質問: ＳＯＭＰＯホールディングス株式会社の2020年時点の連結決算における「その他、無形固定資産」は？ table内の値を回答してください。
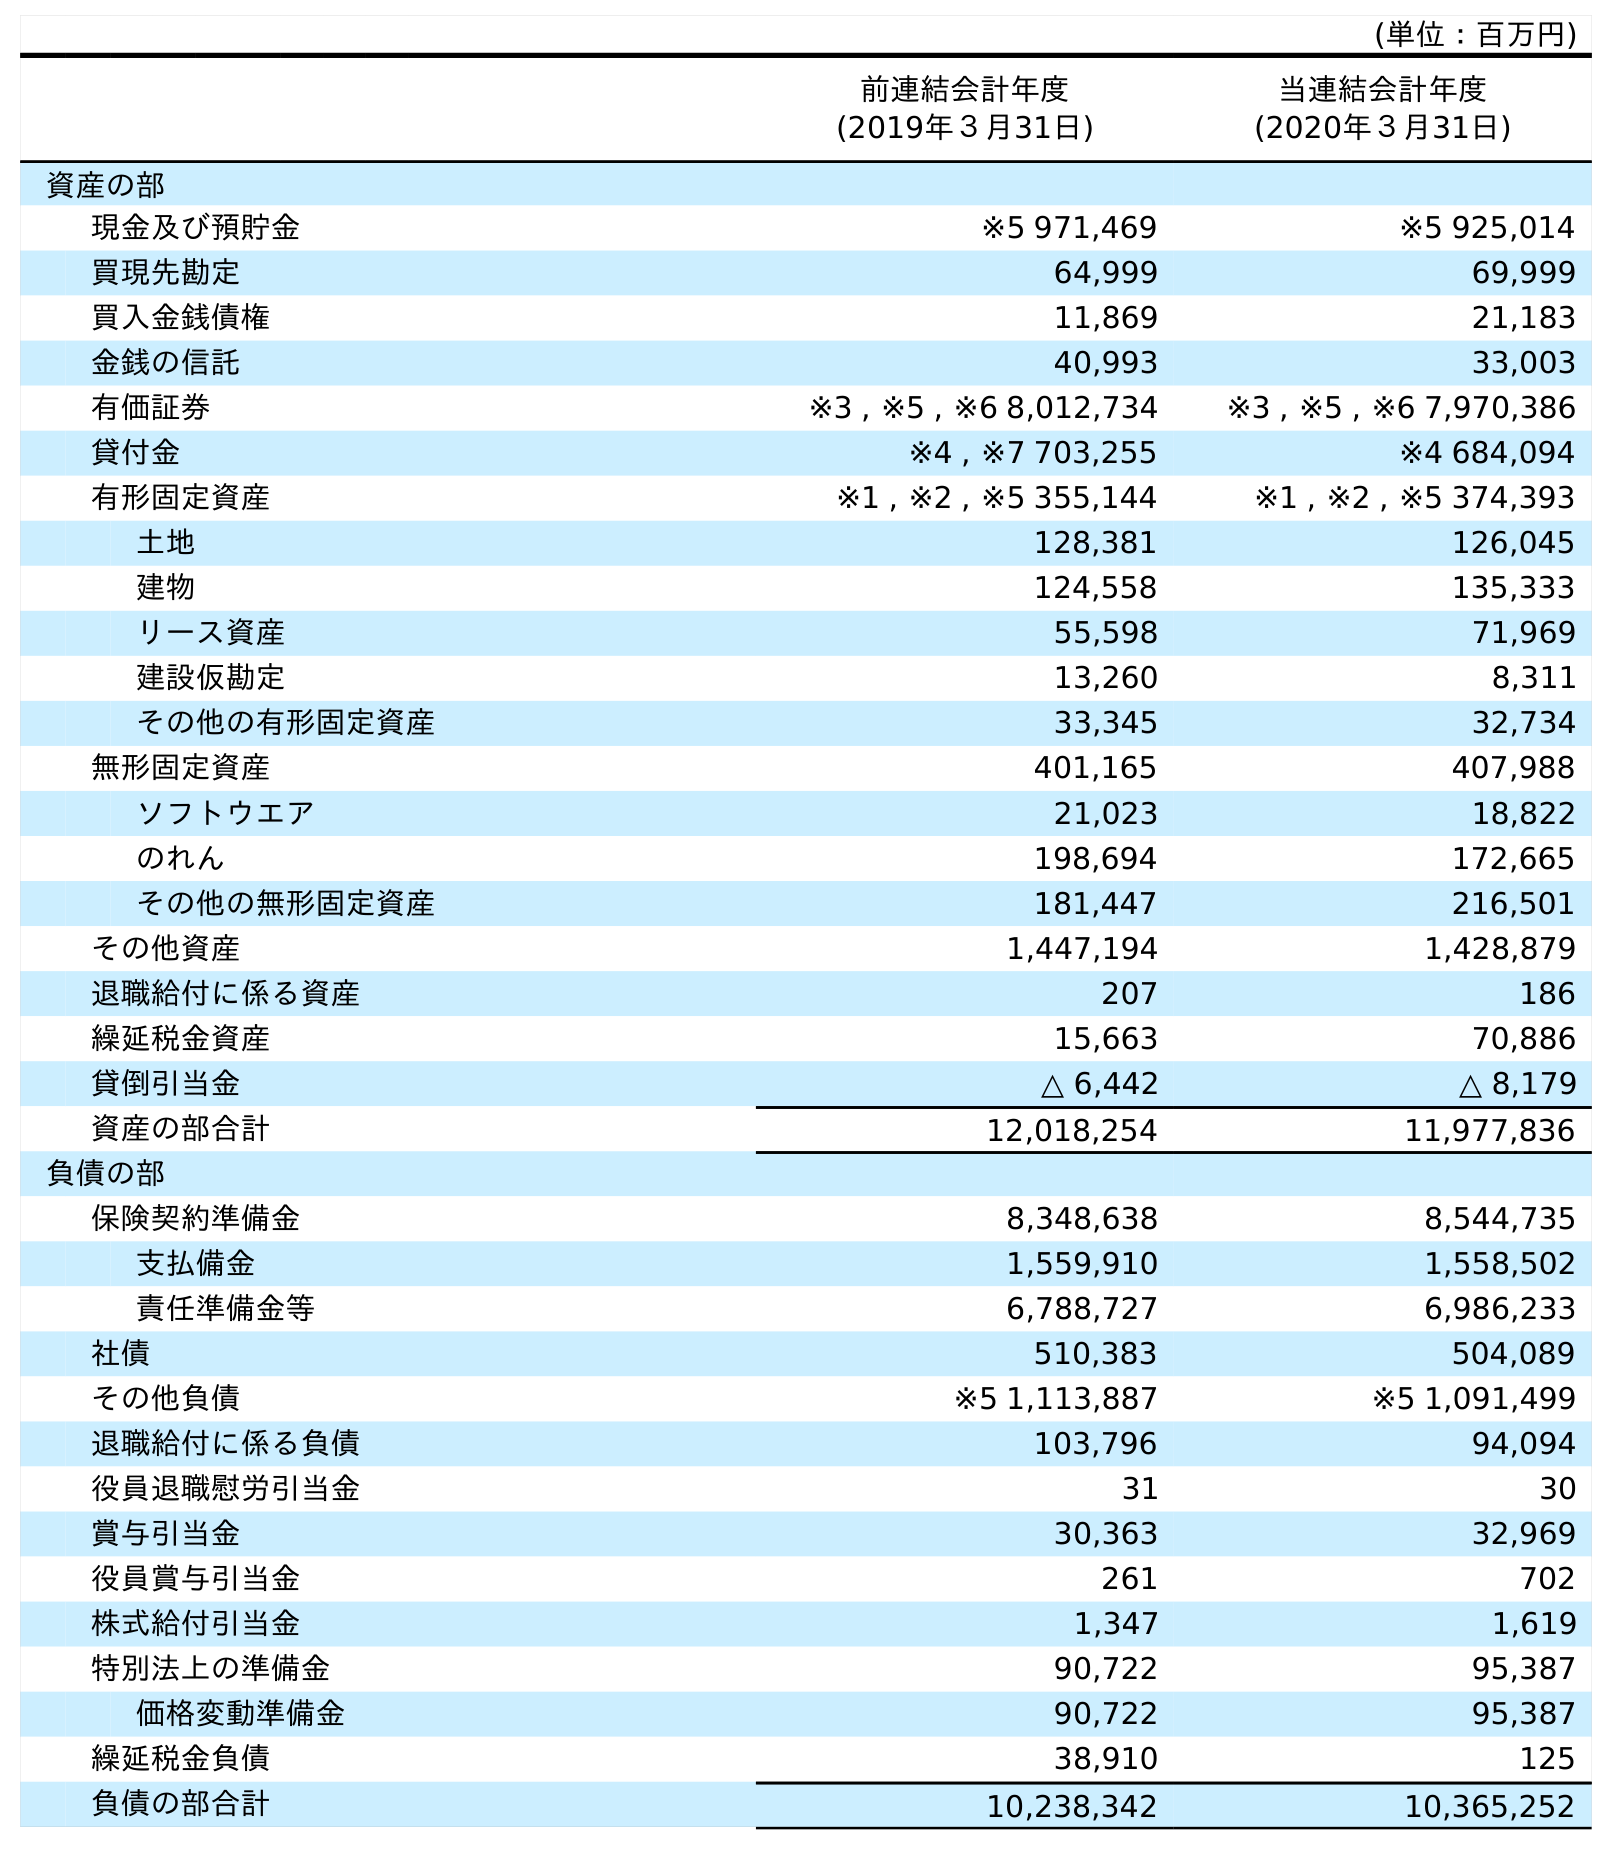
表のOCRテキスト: (単位：百万円) 前連結会計年度 (2019年３月31日) 当連結会計年度 (2020年３月31日) 資産の部 現金及び預貯金 ※5 971,469 ※5 925,014 買現先勘定 64,999 69,999 買入金銭債権 11,869 21,183 金銭の信託 40,993 33,003 有価証券 ※3 , ※5 , ※6 8,012,734 ※3 , ※5 , ※6 7,970,386 貸付金 ※4 , ※7 703,255 ※4 684,094 有形固定資産 ※1 , ※2 , ※5 355,144 ※1 , ※2 , ※5 374,393 土地 128,381 126,045 建物 124,558 135,333 リース資産 55,598 71,969 建設仮勘定 13,260 8,311 その他の有形固定資産 33,345 32,734 無形固定資産 401,165 407,988 ソフトウエア 21,023 18,822 のれん 198,694 172,665 その他の無形固定資産 181,447 216,501 その他資産 1,447,194 1,428,879 退職給付に係る資産 207 186 繰延税金資産 15,663 70,886 貸倒引当金 △ 6,442 △ 8,179 資産の部合計 12,018,254 11,977,836 負債の部 保険契約準備金 8,348,638 8,544,735 支払備金 1,559,910 1,558,502 責任準備金等 6,788,727 6,986,233 社債 510,383 504,089 その他負債 ※5 1,113,887 ※5 1,091,499 退職給付に係る負債 103,796 94,094 役員退職慰労引当金 31 30 賞与引当金 30,363 32,969 役員賞与引当金 261 702 株式給付引当金 1,347 1,619 特別法上の準備金 90,722 95,387 価格変動準備金 90,722 95,387 繰延税金負債 38,910 125 負債の部合計 10,238,342 10,365,252
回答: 216,501